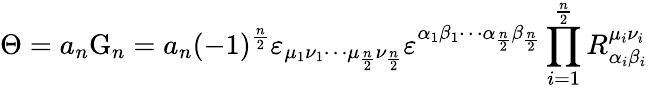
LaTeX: \Theta=a_{n}\mathrm{G}_{n}=a_{n}(-1)^{\frac{n}{2}}\varepsilon_{\mu_{1}\nu_{1}\cdots\mu_{\frac{n}{2}}\nu_{\frac{n}{2}}}\varepsilon^{\alpha_{1}\beta_{1}\cdots\alpha_{\frac{n}{2}}\beta_{\frac{n}{2}}}\prod_{i=1}^{\frac{n}{2}}R_{\alpha_{i}\beta_{i}}^{\mu_{i}\nu_{i}}